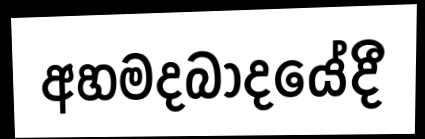
අහමදබාදයේදී